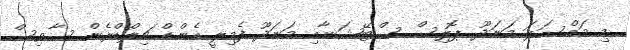
މި މައްސަލަ މަނަދޫ ޕޮލިސް ސްޓޭޝަނާއި މަނަދޫ ފެމިލީ އެންޑް ޗިލްޑްރެން ސާވިސް